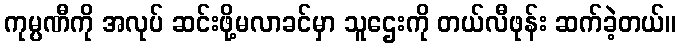
ကုမ္ပဏီကို အလုပ် ဆင်းဖို့မလာခင်မှာ သူဌေးကို တယ်လီဖုန်း ဆက်ခဲ့တယ်။